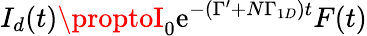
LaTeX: I_{d}(t)\proptoI_{0}\mathrm{e}^{-(\Gamma^{\prime}+N\Gamma_{1D})t}F(t)